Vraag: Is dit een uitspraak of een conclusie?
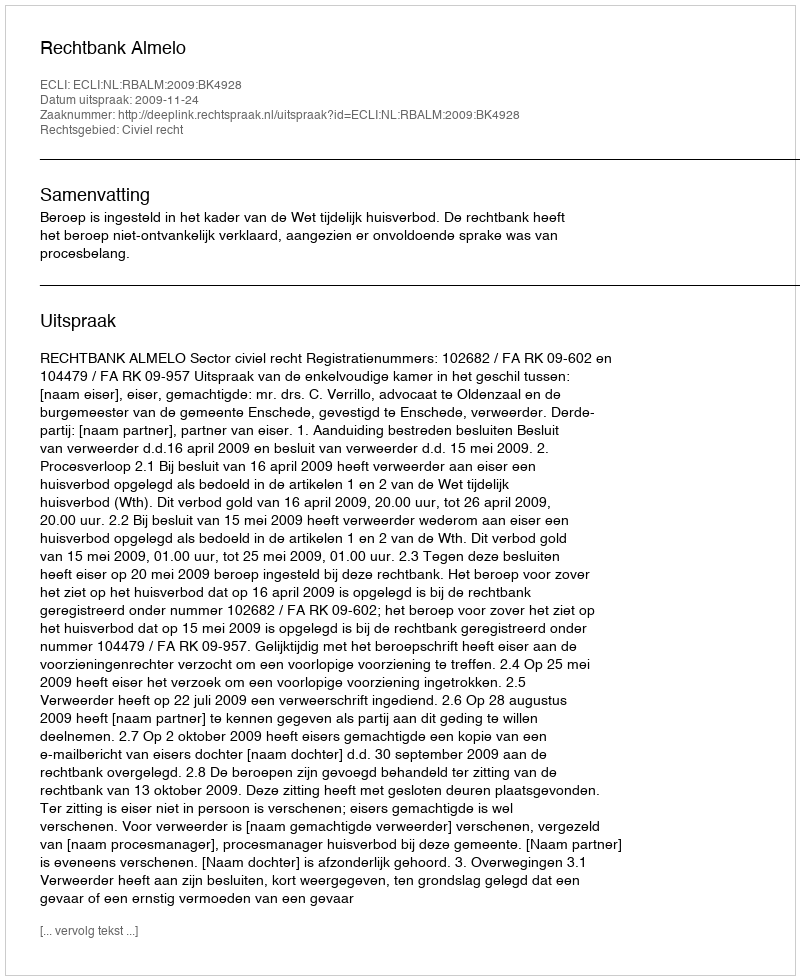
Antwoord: Uitspraak